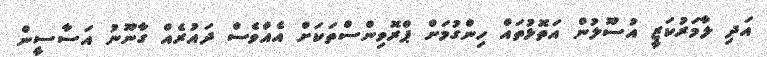
އަދި ލާމަރުކަޒީ އުސޫލުން އަތޮޅުތައް ހިންގުމަށް ޕްރޮވިންސްތަކަށް އެއްވެސް ދައުރެއް ގާނޫނު އަސާސީން